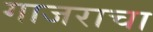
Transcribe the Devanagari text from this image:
गाजराचा